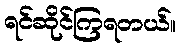
ရင်ဆိုင်ကြရတယ်။